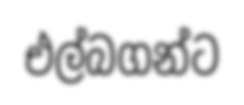
එල්බගන්ට